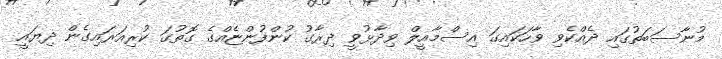
މުނާސަބަތުގައި ދެއްކެވި ވާހަކައިގަ އިސްމާއީލް ވިދާޅުވީ ދިރާގު ކުންފުންޏެއްގެ ގޮތުގަ ކުރިއަރައިގެން ދިޔައީ